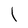
Character: l